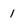
Character: 1